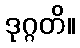
ဒုဂ္ဂတိ။